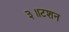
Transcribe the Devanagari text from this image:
३॥टशन